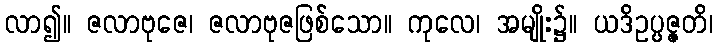
လာ၍။ ဇလာဗုဇေ၊ ဇလာဗုဇဖြစ်သော။ ကုလေ၊ အမျိုး၌။ ယဒိဥပ္ပဇ္ဇတိ၊